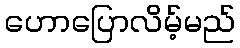
ဟောပြောလိမ့်မည်